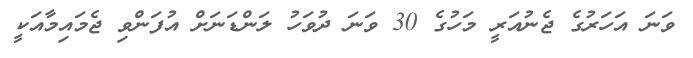
ވަނަ އަހަރުގެ ޖެނުއަރީ މަހުގެ 30 ވަނަ ދުވަހު ލަންޑަނަށް އުފަންވި ޖެމައިމާއަކީ